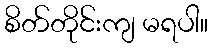
စိတ်တိုင်းကျ မရပါ။